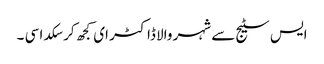
ایس سٹیج سے شہر والا ڈاکٹر ای کجھ کر سکدا سی ۔